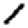
Digit: 1